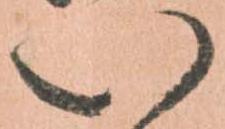
い